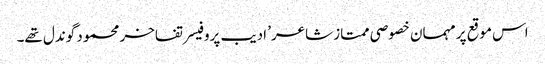
اس موقع پر مہمان خصوصی ممتاز شاعر’ ادیب پروفیسر تفاخر محمود گوندل تھے۔